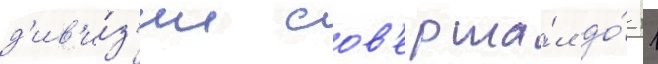
д'ив'и́з'ии сов'ерша́л до́ 11